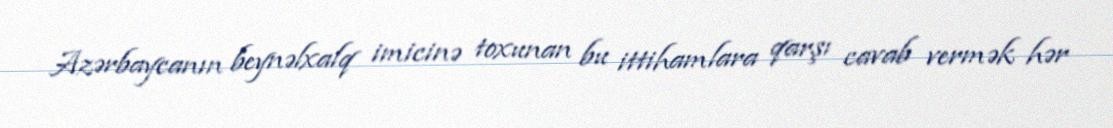
Azərbaycanın beynəlxalq imicinə toxunan bu ittihamlara qarşı cavab vermək hər